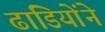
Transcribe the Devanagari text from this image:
ढाडियोंने